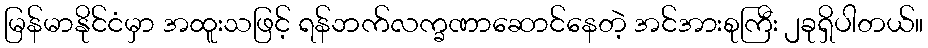
မြန်မာနိုင်ငံမှာ အထူးသဖြင့် ရန်ဘက်လက္ခဏာဆောင်နေတဲ့ အင်အားစုကြီး ၂ခုရှိပါတယ်။